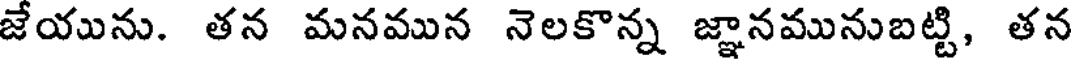
జేయును. తన మనమున నెలకొన్న జ్ఞానమునుబట్టి, తన